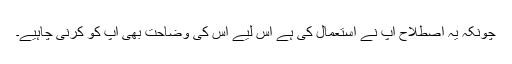
چونکہ یہ اصطلاح آپ نے استعمال کی ہے اس لیے اس کی وضاحت بھی آپ کو کرنی چاہیے۔